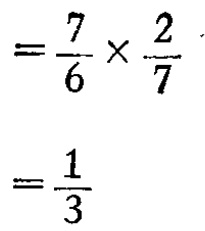
\[

\begin{align*}

&=\frac{7}{6} \times \frac{2}{7}\\

&=\frac{1}{3}

\end{align*}

\]